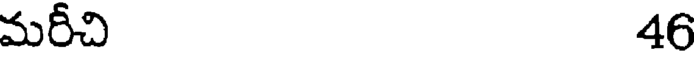
మరీచి 46